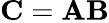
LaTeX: \mathbf{C}=\mathbf{A}\mathbf{B}